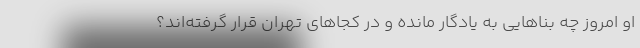
او امروز چه بناهایی به یادگار مانده و در کجاهای تهران قرار گرفته‌اند؟